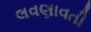
લવણાવતી